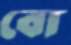
বো